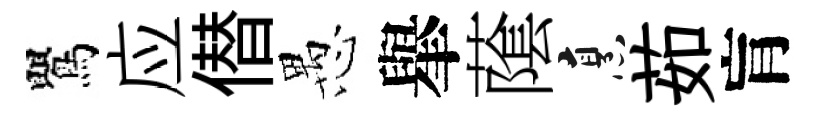
鸎应僣愚𦦙䕃烹茹肓